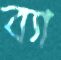
ব্যা